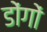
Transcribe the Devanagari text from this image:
डोंगों